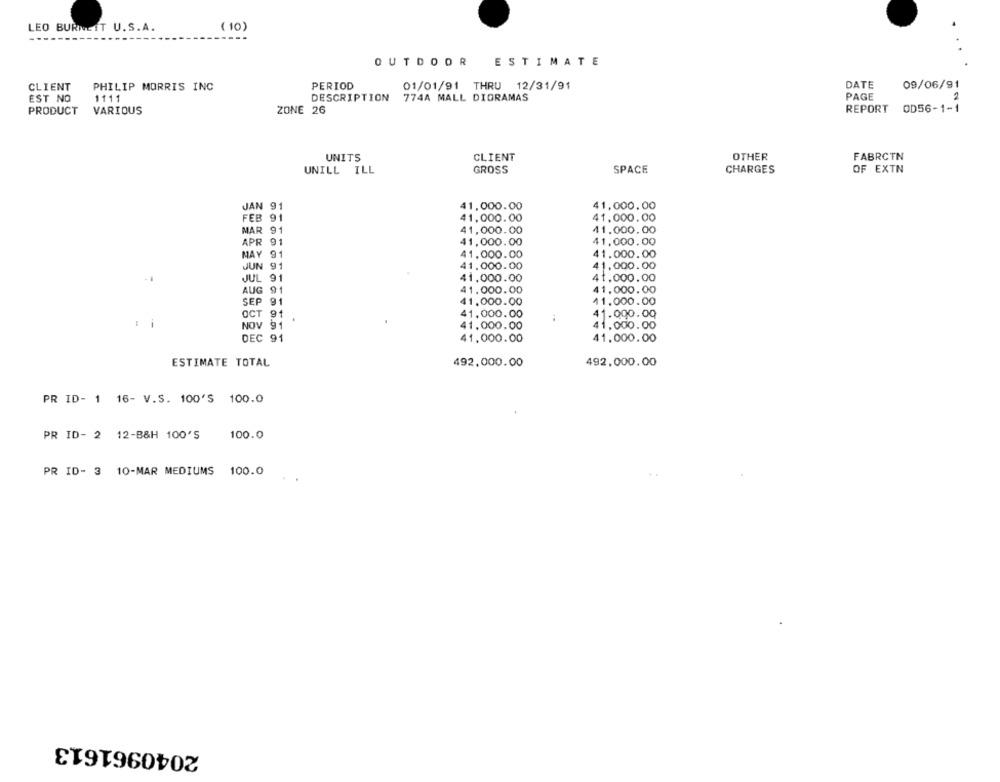
LEO BURNETT U.S.A.
( 10)
OUTDOOR
ESTIMATE
CLIENT
PHILIP MORRIS INC
PERIOD
01/01/91 THRU 12/31/91
DATE
09/06/91
2
EST NO
1111
DESCRIPTION
774A MALL DIORAMAS
PAGE
VARIOUS
ZONE 26
REPORT
OD56-1-1
PRODUCT
UNITS
CLIENT
OTHER
FABRCTN
UNILL
ILL
GROSS
SPACE
CHARGES
OF EXTN
JAN 91
41,000.00
41,000.00
FEB 91
41,000.00
41.000.00
MAR 91
41,000.00
41.000.00
APR 91
41,000.00
41.000.00
MAY 91
41.000.00
41.000.00
JUN 91
41.000.00
41.000.00
JUL 91
41,000.00
41.000.00
AUG 91
41,000.00
41.000.00
SEP 91
41.000.00
11.000.00
OCT 91
41.000.00
41.000.00
NOV 91
41.000.00
41,000.00
DEC 91
41.000.00
41.000.00
ESTIMATE TOTAL
492,000.00
492,000.00
PR ID- 1 16- V.S. 100'S 100.0
PR ID- 2 12-B&H 100'S
100.0
PR ID- 3 10-MAR MEDIUMS 100.0
2040961613